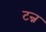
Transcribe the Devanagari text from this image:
टन्न